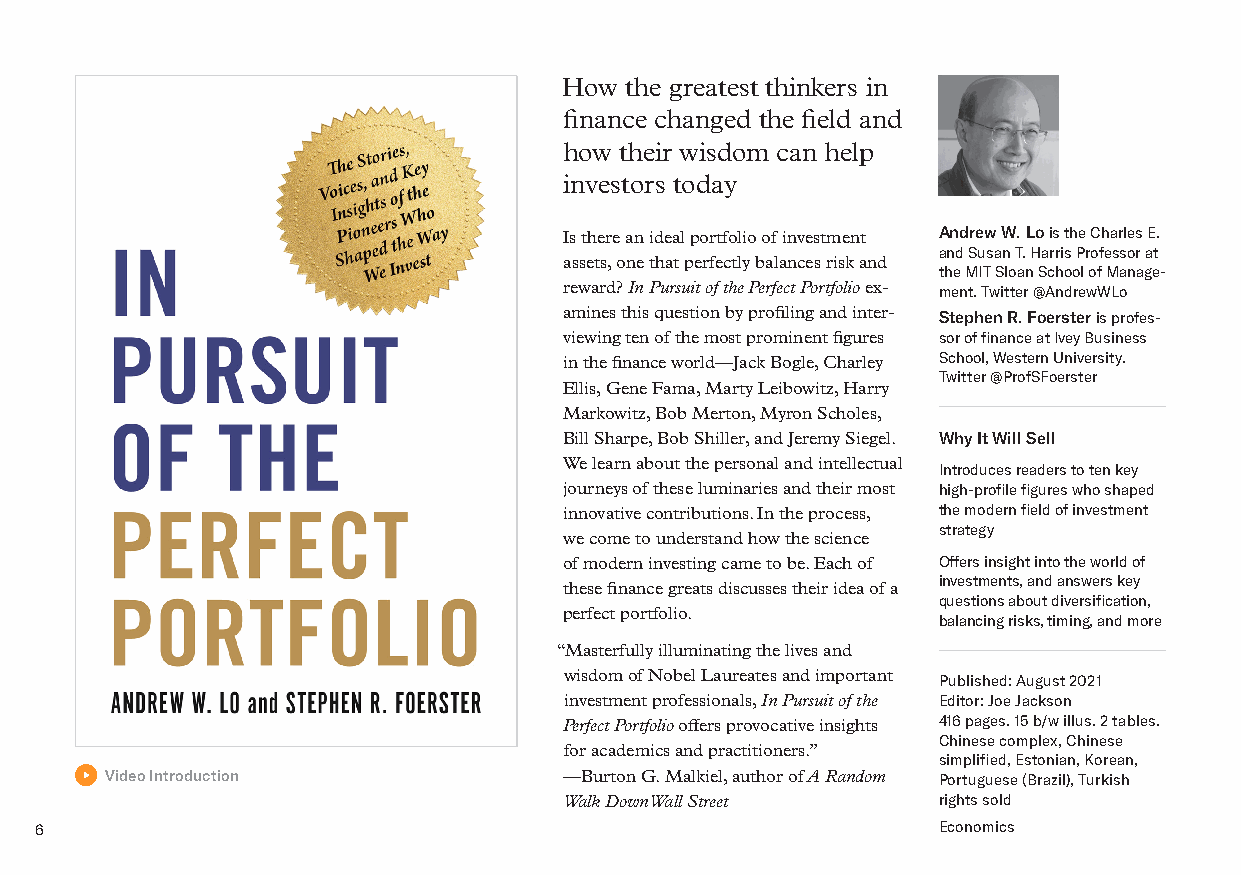
How the greatest thinkers in
 finance changed the field and
 how their wisdom can help
 investors today
 Is there an ideal portfolio of investment Andrew W. Lo is the Charles E.
 and Susan T. Harris Professor at
 assets, one that perfectly balances risk and
 the MIT Sloan School of Manage-
 reward? In Pursuit of the Perfect Portfolio ex- ment. Twitter @AndrewWLo
 amines this question by profiling and inter- Stephen R. Foerster is profes-
 viewing ten of the most prominent figures sor of finance at Ivey Business
 in the finance world—Jack Bogle, Charley School, Western University.
 Twitter @ProfSFoerster
 Ellis, Gene Fama, Marty Leibowitz, Harry
 Markowitz, Bob Merton, Myron Scholes,
 Bill Sharpe, Bob Shiller, and Jeremy Siegel. Why It Will Sell
 We learn about the personal and intellectual
 Introduces readers to ten key
 journeys of these luminaries and their most high-profile figures who shaped
 innovative contributions. In the process, the modern field of investment
 strategy
 we come to understand how the science
 of modern investing came to be. Each of Offers insight into the world of
 these finance greats discusses their idea of a investments, and answers key
 questions about diversification,
 perfect portfolio.
 balancing risks, timing, and more
 “Masterfully illuminating the lives and
 wisdom of Nobel Laureates and important
 Published: August 2021
 investment professionals, In Pursuit of the Editor: Joe Jackson
 Perfect Portfolio offers provocative insights 416 pages. 15 b/w illus. 2 tables.
 Chinese complex, Chinese
 for academics and practitioners.”
 simplified, Estonian, Korean,
 Video Introduction            —Burton G. Malkiel, author of A Random Portuguese (Brazil), Turkish
 Walk Down Wall Street    rights sold
 6                                                           Economics